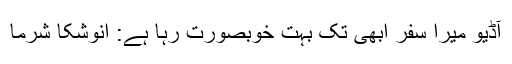
آڈیو میرا سفر ابھی تک بہت خوبصورت رہا ہے: انوشکا شرما